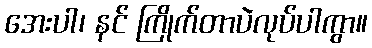
အေးပါ၊ နင် ကြိုက်တာပဲလုပ်ပါကွာ။